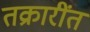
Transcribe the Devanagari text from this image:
तक्रारींत